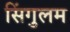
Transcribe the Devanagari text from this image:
सिंगुलम